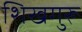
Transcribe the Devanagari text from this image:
शिखगुरू